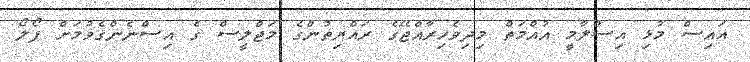
އައިސް މުޅި އިސްލާމީ އުއްމަތް މިދިވެހިރާއްޖޭގެ ރައްޔިތުންގެ މަޖްލީސް ގެ އިސްނެންގެވުމަށް ފޯލޯ